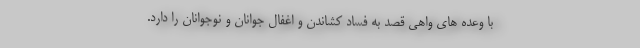
با وعده های واهی قصد به فساد کشاندن و اغفال جوانان و نوجوانان را دارد.